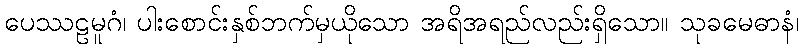
ပေဿဠမူဂံ၊ ပါးစောင်းနှစ်ဘက်မှယိုသော အရိအရည်လည်းရှိသော။ သုခမေဓာနံ၊